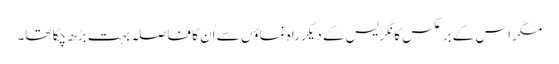
مگر اس کے برعکس کانگریس کے دیگر راہ نماؤں سے اُن کا فاصلہ بہت بڑھ چکا تھا۔